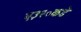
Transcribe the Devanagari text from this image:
ए३२०कडे